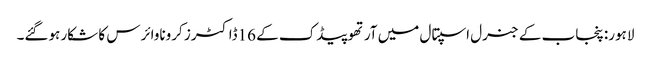
لاہور: پنجاب کے جنرل اسپتال میں آرتھوپیڈک کے 16ڈاکٹرز کروناوائرس کا شکار ہوگئے۔